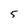
Character: 5